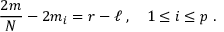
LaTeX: { \frac { 2 m } { N } } - 2 m _ { i } = r - \ell \; , \quad 1 \leq i \leq p \; .